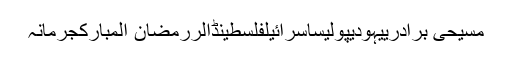
مسیحی برادرییہودیپولیساسرائیلفلسطینڈالررمضان المبارکجرمانہ